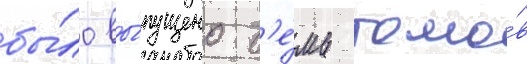
бы́ло вы́пущено с'е́мь томо́в